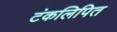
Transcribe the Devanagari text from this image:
टंकलिपित